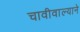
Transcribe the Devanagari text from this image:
चावीवाल्याने